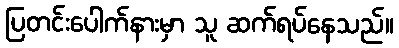
ပြတင်းပေါက်နားမှာ သူ ဆက်ရပ်နေသည်။